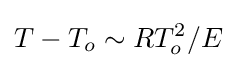
T-T_{o}\sim RT_{o}^{2}/E